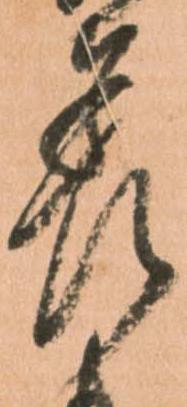
差